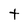
Character: t